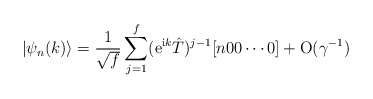
\begin{align*}|\psi_n(k)\rangle = { 1 \over \sqrt{f}}\sum_{j=1}\sp {f} ({\rm e}\sp{{\rm i}k}\hat T)\sp {j-1}[n00\cdots0] + {\rm O}(\gamma\sp {-1}) \end{align*}